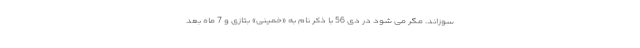
سوزاند. مگر می شود در دی 56 با ذکر نام به «خمینی» بتازی و 7 ماه بعد